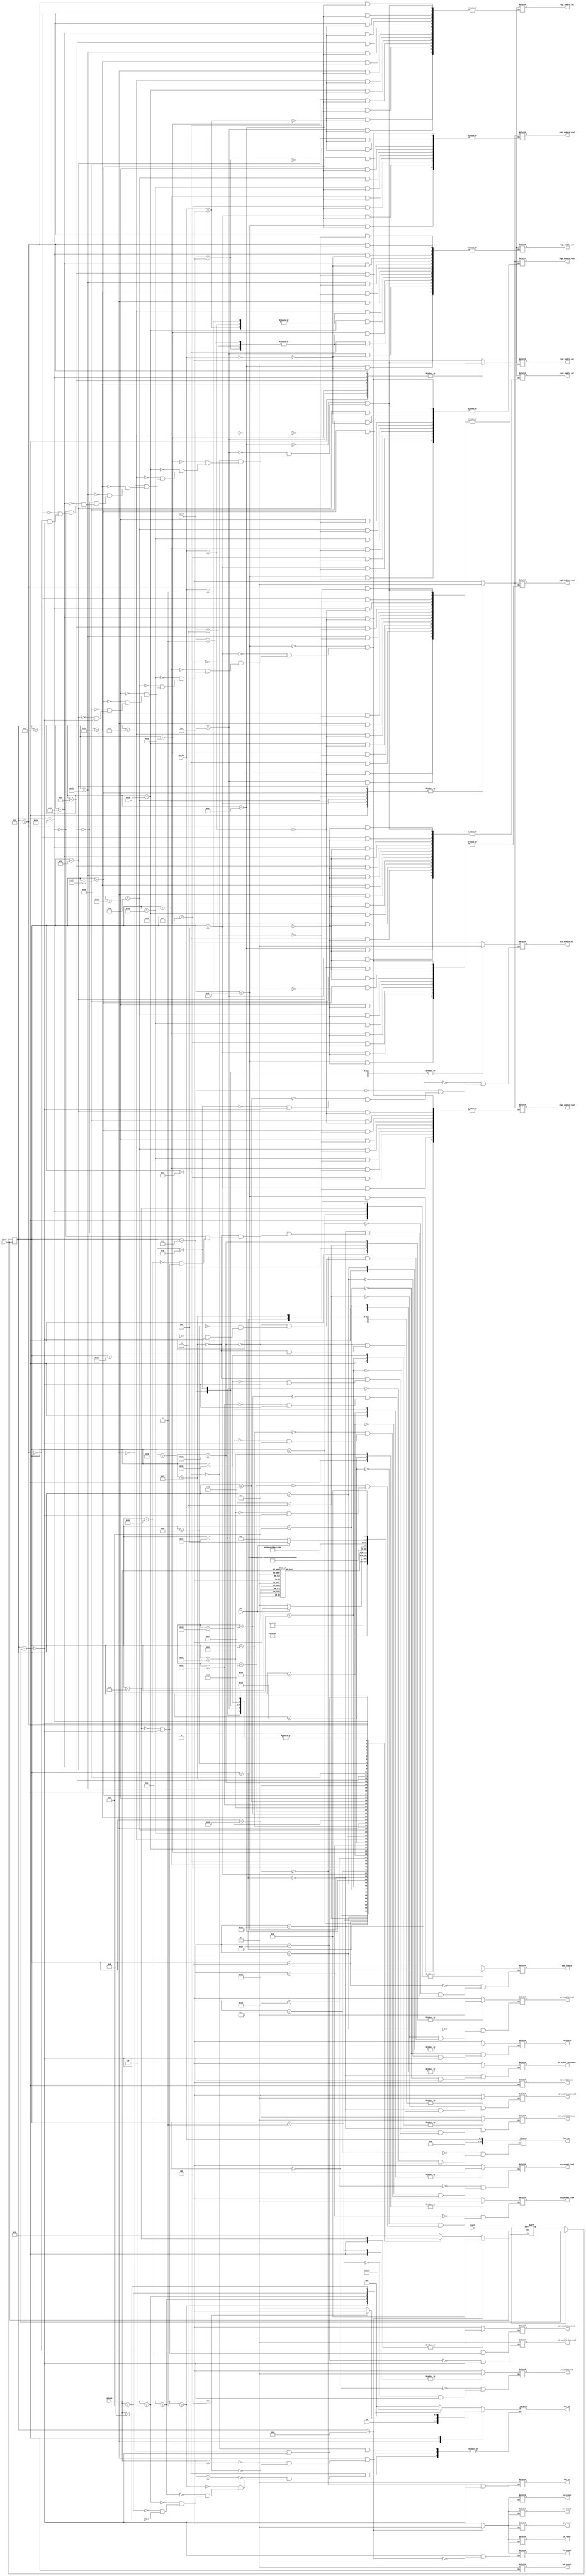

module fsm (
                //outputs
                bus_out,
                alu_op,
                alu_param1_read,
                alu_param2_read,
                alu_enable_out,
                alu_reset,
                reg0_enable_out,
                reg0_enable_read,
                reg1_enable_out,
                reg1_enable_read,
                reg2_enable_out,
                reg2_enable_read,
                reg3_enable_out,
                reg3_enable_read,
                mem_enable,
                mem_rw,
                pc_reset,
                pc_enable_out,
                pc_enable_increment,
                mar_reset,
                mar_enable_out,
                mar_enable_read,
                reg_reset,
                mdr_reset,
                mdr_enable_bus_out,
                mdr_enable_mem_out,
                mdr_enable_bus_read,
                mdr_enable_mem_read,
                id_reset,
                id_enable,

                //inputs
                opCode,
                param1,
                param2,
                mfc,
                clock,
                reset
              );

output reg[15:0] bus_out;
output reg[2:0] alu_op;
output reg reg0_enable_out, reg0_enable_read,
      reg1_enable_out, reg1_enable_read,
      reg2_enable_out, reg2_enable_read,
      reg3_enable_out, reg3_enable_read,
      alu_enable_out, alu_reset, pc_reset,
      pc_enable_out, pc_enable_increment,
      mar_reset, mar_enable_out,
      mar_enable_read, reg_reset,
      mem_enable, mem_rw, mdr_reset,
      mdr_enable_bus_out, mdr_enable_mem_out,
      mdr_enable_bus_read, mdr_enable_mem_read,
      id_reset, id_enable,
      alu_param1_read, alu_param2_read;

input[3:0] opCode;
input[5:0] param1, param2;
input mfc, clock, reset;

parameter fsm_IF_1 = 6'd0,
          fsm_IF_2 = 6'd1,
          fsm_IF_3 = 6'd2,
          fsm_IF_4 = 6'd3,
          fsm_IF_5 = 6'd4,
          fsm_IF_6 = 6'd5,
          fsm_IF_7 = 6'd6,
          fsm_IF_8 = 6'd7,
          fsm_IF_9 = 6'd8,
          fsm_IF_10 = 6'd9,

          fsm_Mov_1 = 6'd10,
          fsm_Mov_2 = 6'd11,
          fsm_Mov_3 = 6'd12,
          fsm_Mov_4 = 6'd13,

          fsm_Movi_1 = 6'd14,
          fsm_Movi_2 = 6'd15,
          fsm_Movi_3 = 6'd16,
          fsm_Movi_4 = 6'd17,

          fsm_ALURegOp_1 = 6'd18,
          fsm_ALURegOp_2 = 6'd19,
          fsm_ALURegOp_3 = 6'd20,
          fsm_ALURegOp_4 = 6'd21,
          fsm_ALURegOp_5 = 6'd22,
          fsm_ALURegOp_6 = 6'd23,
          fsm_ALURegOp_7 = 6'd24,
          fsm_ALURegOp_8 = 6'd25,
          fsm_ALURegOp_9 = 6'd26,
          fsm_ALURegOp_10 = 6'd53,
          fsm_ALURegOp_11 = 6'd54,
          fsm_ALURegOp_12 = 6'd55,

          fsm_ALUImmOp_1 = 6'd27,
          fsm_ALUImmOp_2 = 6'd28,
          fsm_ALUImmOp_3 = 6'd29,
          fsm_ALUImmOp_4 = 6'd30,
          fsm_ALUImmOp_5 = 6'd31,
          fsm_ALUImmOp_6 = 6'd32,
          fsm_ALUImmOp_7 = 6'd33,
          fsm_ALUImmOp_8 = 6'd34,
          fsm_ALUImmOp_9 = 6'd56,
          fsm_ALUImmOp_10 = 6'd57,
          fsm_ALUImmOp_11 = 6'd58,
          fsm_ALUImmOp_12 = 6'd59,

          fsm_Load_1 = 6'd35,
          fsm_Load_2 = 6'd36,
          fsm_Load_3 = 6'd37,
          fsm_Load_4 = 6'd38,
          fsm_Load_5 = 6'd39,
          fsm_Load_6 = 6'd40,
          fsm_Load_7 = 6'd41,
          fsm_Load_8 = 6'd42,

          fsm_Store_1 = 6'd43,
          fsm_Store_2 = 6'd44,
          fsm_Store_3 = 6'd45,
          fsm_Store_4 = 6'd46,
          fsm_Store_5 = 6'd47,
          fsm_Store_6 = 6'd48,
          fsm_Store_7 = 6'd49,
          fsm_Store_8 = 6'd50,
          fsm_Store_9 = 6'd60,

          fsm_reset_1 = 6'd51,
          fsm_reset_2 = 6'd52;

reg [5:0] pres_state, next_state;

//FSM state transitions
always @(posedge clock)
begin
  if (reset == 0)
  begin
    pres_state = next_state;
  end
  else //reset == 1
  begin
    pres_state = fsm_reset_1;
  end
end


//FSM calculate next state
always @(posedge reset or posedge clock)
begin:fsm
  //if (reset == 1)
  if (reset)
    next_state <= fsm_reset_1;
  else if (pres_state == fsm_reset_2)
    next_state <= fsm_IF_1;

  else
  begin
    case(pres_state)
      fsm_IF_1:
        next_state <= fsm_IF_2;
      fsm_IF_2:
        next_state <= fsm_IF_3;
      fsm_IF_3:
        next_state <= fsm_IF_4;
      fsm_IF_4:
        next_state <= fsm_IF_5;
      fsm_IF_5:
      begin
        if (mfc)
          next_state <= fsm_IF_6;
        else
          next_state <= fsm_IF_5;
      end
      fsm_IF_6:
        next_state <= fsm_IF_7;
      fsm_IF_7:
        next_state <= fsm_IF_8;
      fsm_IF_8:
        next_state <= fsm_IF_9;
      fsm_IF_9:
        next_state <= fsm_IF_10;
      fsm_IF_10:
        case(opCode)
          4'b0000: //Mov
            next_state <= fsm_Mov_1;
          4'b0001: //Add
            next_state <= fsm_ALURegOp_1;
          4'b0010: //Addi
            next_state <= fsm_ALUImmOp_1;
          4'b0011: //Sub
            next_state <= fsm_ALURegOp_1;
          4'b0100: //Subi
            next_state <= fsm_ALUImmOp_1;
          4'b0101: //Not
            next_state <= fsm_ALURegOp_1;
          4'b0110: //And
            next_state <= fsm_ALURegOp_1;
          4'b0111: //Or
            next_state <= fsm_ALURegOp_1;
          4'b1000: //Xor
            next_state <= fsm_ALURegOp_1;
          4'b1001: //Xnor
            next_state <= fsm_ALURegOp_1;
          4'b1010: //Movi
            next_state <= fsm_Movi_1;
          4'b1011: //Load
            next_state <= fsm_Load_1;
          4'b1100: //Store
            next_state <= fsm_Store_1;
          default:
            next_state <= fsm_reset_1;
        endcase//opCode

      fsm_Mov_1:
        next_state <= fsm_Mov_2;
      fsm_Mov_2:
        next_state <= fsm_Mov_3;
      fsm_Mov_3:
        next_state <= fsm_Mov_4;
      fsm_Mov_4:
        next_state <= fsm_IF_1;

      fsm_Movi_1:
        next_state <= fsm_Movi_2;
      fsm_Movi_2:
        next_state <= fsm_Movi_3;
      fsm_Movi_3:
        next_state <= fsm_Movi_4;
      fsm_Movi_4:
        next_state <= fsm_IF_1;

      fsm_ALURegOp_1:
        next_state <= fsm_ALURegOp_2;
      fsm_ALURegOp_2:
        next_state <= fsm_ALURegOp_3;
      fsm_ALURegOp_3:
        next_state <= fsm_ALURegOp_4;
      fsm_ALURegOp_4:
        next_state <= fsm_ALURegOp_5;
      fsm_ALURegOp_5:
        next_state <= fsm_ALURegOp_6;
      fsm_ALURegOp_6:
        next_state <= fsm_ALURegOp_7;
      fsm_ALURegOp_7:
        next_state <= fsm_ALURegOp_8;
      fsm_ALURegOp_8:
        next_state <= fsm_ALURegOp_9;
      fsm_ALURegOp_9:
        next_state <= fsm_ALURegOp_10;
      fsm_ALURegOp_10:
        next_state <= fsm_ALURegOp_11;
      fsm_ALURegOp_11:
        next_state <= fsm_ALURegOp_12;
      fsm_ALURegOp_12:
        next_state <= fsm_IF_1;

      fsm_ALUImmOp_1:
        next_state <= fsm_ALUImmOp_2;
      fsm_ALUImmOp_2:
        next_state <= fsm_ALUImmOp_3;
      fsm_ALUImmOp_3:
        next_state <= fsm_ALUImmOp_4;
      fsm_ALUImmOp_4:
        next_state <= fsm_ALUImmOp_5;
      fsm_ALUImmOp_5:
        next_state <= fsm_ALUImmOp_6;
      fsm_ALUImmOp_6:
        next_state <= fsm_ALUImmOp_7;
      fsm_ALUImmOp_7:
        next_state <= fsm_ALUImmOp_8;
      fsm_ALUImmOp_8:
        next_state <= fsm_ALUImmOp_9;
      fsm_ALUImmOp_9:
        next_state <= fsm_ALUImmOp_10;
      fsm_ALUImmOp_10:
        next_state <= fsm_ALUImmOp_11;
      fsm_ALUImmOp_11:
        next_state <= fsm_ALUImmOp_12;
      fsm_ALUImmOp_12:
        next_state <= fsm_IF_1;


      fsm_reset_1:
        next_state <= fsm_reset_2;
      fsm_reset_1:
      begin
        if (reset == 0)
          next_state <= fsm_reset_2;
        else
          next_state <= fsm_reset_1;
      end

      fsm_Load_1:
        next_state <= fsm_Load_2;
      fsm_Load_2:
        next_state <= fsm_Load_3;
      fsm_Load_3:
        next_state <= fsm_Load_4;
      fsm_Load_4:
      begin
        if (mfc)
          next_state <= fsm_Load_5;
        else
          next_state <= fsm_Load_4;
      end
      fsm_Load_5:
        next_state <= fsm_Load_6;
      fsm_Load_6:
        next_state <= fsm_Load_7;
      fsm_Load_7:
        next_state <= fsm_Load_8;
      fsm_Load_8:
        next_state <= fsm_IF_1;

      fsm_Store_1:
        next_state <= fsm_Store_2;
      fsm_Store_2:
        next_state <= fsm_Store_3;
      fsm_Store_3:
        next_state <= fsm_Store_4;
      fsm_Store_4:
        next_state <= fsm_Store_5;
      fsm_Store_5:
        next_state <= fsm_Store_6;
      fsm_Store_6:
        next_state <= fsm_Store_7;
      fsm_Store_7:
        next_state <= fsm_Store_8;
      fsm_Store_8:
      begin
        if (mfc)
          next_state <= fsm_Store_9;
        else
          next_state <= fsm_Store_8;
      end
      fsm_Store_9:
        next_state <= fsm_IF_1;

      default:
        next_state <= fsm_reset_1;
    endcase//pres_state
  end
end//fsm



//Moore machine calculate output
always @(pres_state)
begin:calc_output
  case(pres_state)
    //Instruction Fetch state machines
    fsm_IF_1: //Send pc val to MAR
    begin
      pc_enable_out <= 1'b1;
    end
    fsm_IF_2: //Wait to ensure MAR receives value
    begin
      mar_enable_read <= 1'b1;
    end
    fsm_IF_3: //Send MAR to MEM and read from MEM for MDR
    begin
      mar_enable_read <= 1'b0;
      mdr_enable_mem_read <= 1'b1;
    end
    fsm_IF_4:
    begin
      pc_enable_out <= 1'b0;
    end
    fsm_IF_5: //Send mem enable signal
    begin
      mem_enable <= 1'b1;
    end
    fsm_IF_6: //Send MAR to MEM and read from MEM for MDR
    begin
      mem_enable <= 1'b0;
    end
    fsm_IF_7: //Output MDR to bus to ID, increment PC
    begin
      mem_enable <= 1'b0;
      pc_enable_increment <= 1'b1;
      mdr_enable_mem_read <= 1'b0;
      mdr_enable_bus_out <= 1'b1;
    end
    fsm_IF_8: //Output MDR to bus to ID, increment PC
    begin
      pc_enable_increment <= 1'b0;
      id_enable <= 1'b1;
    end
    fsm_IF_9: //Deactivate fsm-IF signals
    begin
      mdr_enable_bus_out <= 1'b0;
    end
    fsm_IF_10: //Deactivate fsm-IF signals
    begin
      id_enable <= 1'b0;
    end

    //Move operation state machine
    fsm_Mov_1:
      case (param2)
        6'd0: reg0_enable_out <= 1'b1;
        6'd1: reg1_enable_out <= 1'b1;
        6'd2: reg2_enable_out <= 1'b1;
        6'd3: reg3_enable_out <= 1'b1;
      endcase
    fsm_Mov_2:
      case (param1)
        6'd0: reg0_enable_read <= 1'b1;
        6'd1: reg1_enable_read <= 1'b1;
        6'd2: reg2_enable_read <= 1'b1;
        6'd3: reg3_enable_read <= 1'b1;
      endcase
    fsm_Mov_3:
      case (param1)
        6'd0: reg0_enable_read <= 1'b0;
        6'd1: reg1_enable_read <= 1'b0;
        6'd2: reg2_enable_read <= 1'b0;
        6'd3: reg3_enable_read <= 1'b0;
      endcase
    fsm_Mov_4:
      case (param2)
        6'd0: reg0_enable_out <= 1'b0;
        6'd1: reg1_enable_out <= 1'b0;
        6'd2: reg2_enable_out <= 1'b0;
        6'd3: reg3_enable_out <= 1'b0;
      endcase

    //Move immediate operation state machine
    fsm_Movi_1: //Output imm value to bus, param1 reg read
    begin
      bus_out <= {{10{1'b0}},{param2}};
    end
    fsm_Movi_2:
    begin
      case (param1)
        6'd0: reg0_enable_read <= 1'b1;
        6'd1: reg1_enable_read <= 1'b1;
        6'd2: reg2_enable_read <= 1'b1;
        6'd3: reg3_enable_read <= 1'b1;
      endcase
    end
    fsm_Movi_3:
    begin
      case (param1)
        6'd0: reg0_enable_read <= 1'b0;
        6'd1: reg1_enable_read <= 1'b0;
        6'd2: reg2_enable_read <= 1'b0;
        6'd3: reg3_enable_read <= 1'b0;
      endcase
    end
    fsm_Movi_4: //Deassert bus, deactivate fsm-Movi signals
    begin
      bus_out <= 16'dz;
    end

    //ALU register operation state machines
    fsm_ALURegOp_1: //Send param1 and opCode to ALU
    begin
      case (opCode)
        4'b0001: alu_op <= 3'b000; //Add
        4'b0011: alu_op <= 3'b001; //Sub
        4'b0101: alu_op <= 3'b010; //Not
        4'b0110: alu_op <= 3'b011; //And
        4'b0111: alu_op <= 3'b100; //Or
        4'b1000: alu_op <= 3'b101; //Xor
        4'b1000: alu_op <= 3'b110; //Xnor
      endcase
      case (param1)
        6'd0: reg0_enable_out <= 1'b1;
        6'd1: reg1_enable_out <= 1'b1;
        6'd2: reg2_enable_out <= 1'b1;
        6'd3: reg3_enable_out <= 1'b1;
        default: reg0_enable_out <= 1'b1;
      endcase
    end
    fsm_ALURegOp_2:
    begin
      alu_param1_read <= 1'b1;
    end
    fsm_ALURegOp_3:
    begin
      alu_param1_read <= 1'b0;
    end
    fsm_ALURegOp_4: //Send param1 and opCode to ALU
    begin
      case (param1)
        6'd0: reg0_enable_out <= 1'b0;
        6'd1: reg1_enable_out <= 1'b0;
        6'd2: reg2_enable_out <= 1'b0;
        6'd3: reg3_enable_out <= 1'b0;
        default: reg0_enable_out <= 1'b0;
      endcase
    end
    fsm_ALURegOp_5:
    begin
      case (param2)
        6'd0: reg0_enable_out <= 1'b1;
        6'd1: reg1_enable_out <= 1'b1;
        6'd2: reg2_enable_out <= 1'b1;
        6'd3: reg3_enable_out <= 1'b1;
        default: reg0_enable_out <= 1'b1;
      endcase
    end
    fsm_ALURegOp_6:
    begin
      alu_param2_read <= 1'b1;
    end
    fsm_ALURegOp_7:
    begin
      alu_param2_read <= 1'b0;
    end
    fsm_ALURegOp_8:
    begin
      case (param2)
        6'd0: reg0_enable_out <= 1'b0;
        6'd1: reg1_enable_out <= 1'b0;
        6'd2: reg2_enable_out <= 1'b0;
        6'd3: reg3_enable_out <= 1'b0;
        default: reg0_enable_out <= 1'b0;
      endcase
    end
    fsm_ALURegOp_9:
    begin
      alu_enable_out <= 1'b1;
    end
    fsm_ALURegOp_10:
    begin
      case (param1)
      6'd0:
        reg0_enable_read <= 1'b1;
      6'd1:
        reg1_enable_read <= 1'b1;
      6'd2:
        reg2_enable_read <= 1'b1;
      6'd3:
        reg3_enable_read <= 1'b1;
      endcase
    end
    fsm_ALURegOp_11:
    begin
      case (param1)
      6'd0:
        reg0_enable_read <= 1'b0;
      6'd1:
        reg1_enable_read <= 1'b0;
      6'd2:
        reg2_enable_read <= 1'b0;
      6'd3:
        reg3_enable_read <= 1'b0;
      endcase
    end
    fsm_ALURegOp_12:
    begin
      alu_enable_out <= 1'b0;
    end

    //ALU immediate operation state machines
    fsm_ALUImmOp_1: //Send param1 and opCode to ALU
    begin
      case (opCode)
        4'b0010: alu_op <= 3'b000; //Addi
        4'b0100: alu_op <= 3'b001; //Subi
      endcase
      case (param1)
        6'd0: reg0_enable_out <= 1'b1;
        6'd1: reg1_enable_out <= 1'b1;
        6'd2: reg2_enable_out <= 1'b1;
        6'd3: reg3_enable_out <= 1'b1;
      endcase
    end
    fsm_ALUImmOp_2:
    begin
      alu_param1_read <= 1'b1;
    end
    fsm_ALUImmOp_3:
    begin
      alu_param1_read <= 1'b0;
    end
    fsm_ALUImmOp_4: //Send imm value to bus to ALU
    begin
      case (param1)
        6'd0: reg0_enable_out <= 1'b0;
        6'd1: reg1_enable_out <= 1'b0;
        6'd2: reg2_enable_out <= 1'b0;
        6'd3: reg3_enable_out <= 1'b0;
      endcase
    end
    fsm_ALUImmOp_5:
    begin
      bus_out <= {{10{1'b0}},{param2}};
    end
    fsm_ALUImmOp_6:
    begin
      alu_param2_read <= 1'b1;
    end
    fsm_ALUImmOp_7:
    begin
      alu_param2_read <= 1'b0;
    end
    fsm_ALUImmOp_8:
    begin
      bus_out <= 16'bz;
    end
    fsm_ALUImmOp_9:
    begin
      alu_enable_out <= 1'b1;
    end
    fsm_ALUImmOp_10:
    begin
      case (param1)
        6'd0:
          reg0_enable_read <= 1'b1;
        6'd1:
          reg1_enable_read <= 1'b1;
        6'd2:
          reg2_enable_read <= 1'b1;
        6'd3:
          reg3_enable_read <= 1'b1;
      endcase
    end
    fsm_ALUImmOp_11:
    begin
      case (param1)
        6'd0:
          reg0_enable_read <= 1'b0;
        6'd1:
          reg1_enable_read <= 1'b0;
        6'd2:
          reg2_enable_read <= 1'b0;
        6'd3:
          reg3_enable_read <= 1'b0;
      endcase
    end
    fsm_ALUImmOp_12:
    begin
      alu_enable_out <= 1'b0;
    end

    //Memory load state machine (Load (Ri), Rj)
    fsm_Load_1: //Send param 1 reg to MAR
    begin
      case (param1)
        6'd0: reg0_enable_out <= 1'b1;
        6'd1: reg1_enable_out <= 1'b1;
        6'd2: reg2_enable_out <= 1'b1;
        6'd3: reg3_enable_out <= 1'b1;
      endcase
    end
    fsm_Load_2:
    begin
      mar_enable_read <= 1'b1;
      mem_rw <= 1'b0;
    end
    fsm_Load_3: //Send MAR to Mem, MDR read from Mem
    begin
      mar_enable_read <= 1'b0;
      mdr_enable_mem_read <= 1'b1;
    end
    fsm_Load_4:
    begin
      mem_enable <= 1'b1;
      case (param1)
        6'd0: reg0_enable_out <= 1'b0;
        6'd1: reg1_enable_out <= 1'b0;
        6'd2: reg2_enable_out <= 1'b0;
        6'd3: reg3_enable_out <= 1'b0;
      endcase
    end
    fsm_Load_5: //param2 reg read from MDR out
    begin
      mem_enable <= 1'b0;
      mdr_enable_mem_read <= 1'b0;
      mdr_enable_bus_out <= 1'b1;
    end
    fsm_Load_6:
    begin
      case (param2)
        6'd0: reg0_enable_read <= 1'b1;
        6'd1: reg1_enable_read <= 1'b1;
        6'd2: reg2_enable_read <= 1'b1;
        6'd3: reg3_enable_read <= 1'b1;
      endcase
    end
    fsm_Load_7:
      case (param2)
        6'd0: reg0_enable_read <= 1'b0;
        6'd1: reg1_enable_read <= 1'b0;
        6'd2: reg2_enable_read <= 1'b0;
        6'd3: reg3_enable_read <= 1'b0;
      endcase
    fsm_Load_8:
    begin
      mdr_enable_bus_out <= 1'b0;
    end

    //Memory store state machine (Store Ri, (Rj) )
    fsm_Store_1: //Send param2 reg to MAR
    begin
      case (param2)
        6'd0: reg0_enable_out <= 1'b1;
        6'd1: reg1_enable_out <= 1'b1;
        6'd2: reg2_enable_out <= 1'b1;
        6'd3: reg3_enable_out <= 1'b1;
      endcase
    end
    fsm_Store_2:
    begin
      mar_enable_read <= 1'b1;
    end
    fsm_Store_3:
    begin
      mar_enable_read <= 1'b0;
    end
    fsm_Store_4:
    begin
      mem_enable <= 1'b0;
      case (param2)
        6'd0: reg0_enable_out <= 1'b0;
        6'd1: reg1_enable_out <= 1'b0;
        6'd2: reg2_enable_out <= 1'b0;
        6'd3: reg3_enable_out <= 1'b0;
      endcase
    end
    fsm_Store_5:
    begin
      case (param1)
        6'd0: reg0_enable_out <= 1'b1;
        6'd1: reg1_enable_out <= 1'b1;
        6'd2: reg2_enable_out <= 1'b1;
        6'd3: reg3_enable_out <= 1'b1;
      endcase
    end
    fsm_Store_5:
    begin
      mdr_enable_bus_read <= 1'b1;
      mem_rw <= 1'b1;
    end
    fsm_Store_6:
    begin
      mdr_enable_bus_read <= 1'b0;
    end
    fsm_Store_7:
    begin
      mdr_enable_mem_out <= 1'b1;
      case (param1)
        6'd0: reg0_enable_out <= 1'b0;
        6'd1: reg1_enable_out <= 1'b0;
        6'd2: reg2_enable_out <= 1'b0;
        6'd3: reg3_enable_out <= 1'b0;
      endcase
    end
    fsm_Store_8:
    begin
      mem_enable <= 1'b1;
    end
    fsm_Store_9:
    begin
      mem_enable <= 1'b0;
      mdr_enable_mem_out <= 1'b0;
    end

    fsm_reset_1:
    begin
     
      pc_reset <= 1'b1;
      pc_enable_out <= 1'b0;
      pc_enable_increment <= 1'b0;

      //MAR unit signals
      mar_reset <= 1'b1;
      mar_enable_read <= 1'b0;
      mar_enable_out <= 1'b1;

      //Register unit signals
      reg_reset <= 1'b1;
      reg0_enable_read <= 1'b0;
      reg0_enable_out <= 1'b0;
      reg1_enable_read <= 1'b0;
      reg1_enable_out <= 1'b0;
      reg2_enable_read <= 1'b0;
      reg2_enable_out <= 1'b0;
      reg3_enable_read <= 1'b0;
      reg3_enable_out <= 1'b0;

      
      mem_enable <= 1'b0;
      mem_rw <= 1'b0; 
      mdr_reset <= 1'b0;
      mdr_enable_bus_out <= 1'b0;
      mdr_enable_mem_out <= 1'b0;
      mdr_enable_bus_read <= 1'b0;
      mdr_enable_mem_read <= 1'b0;

      
      id_reset <= 1'b1;
      id_enable <= 1'b0;

      
      alu_reset <= 1'b1;
      alu_op <= 4'b0000;
      alu_param1_read <= 1'b0;
      alu_param2_read <= 1'b0;
      alu_enable_out <= 1'b0;

      //Bus signals
      bus_out <= 16'dZ;
    end
    fsm_reset_2:
    begin
      //Program Counter signals
      pc_reset <= 1'b0;

      //MAR unit signals
      mar_reset <= 1'b0;

      //Register unit signals
      reg_reset <= 1'b0;

      //Instruction register signals
      id_reset <= 1'b0;

    
      alu_reset <= 1'b0;
    end
  endcase
end
endmodule